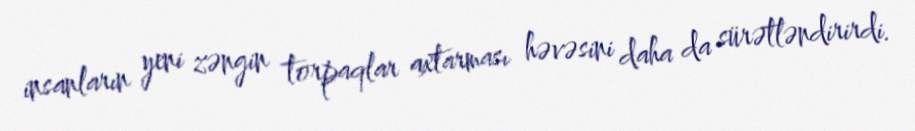
insanların yeni zəngin torpaqlar axtarması həvəsini daha da sürətləndirirdi.